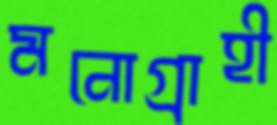
মনোগ্রাহী